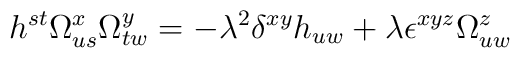
h^{st} \Omega^x_{us} \Omega^y_{tw} = - \lambda^2 \delta^{xy} h_{uw} +\lambda \epsilon^{xyz} \Omega^z_{uw}